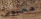
محبوبي